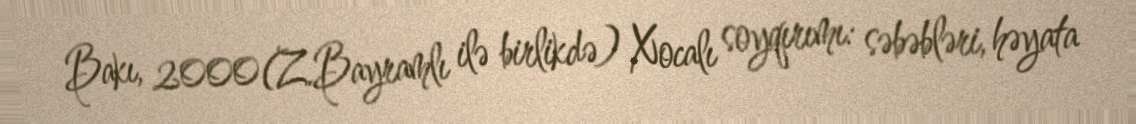
Bakı, 2000(Z.Bayramlı ilə birlikdə) Xocalı soyqırımı: səbəbləri, həyata